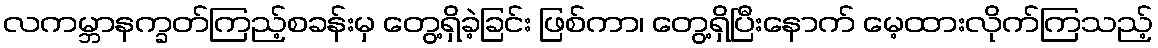
လကမ္ဘာနက္ခတ်ကြည့်စခန်းမှ တွေ့ရှိခဲ့ခြင်း ဖြစ်ကာ၊ တွေ့ရှိပြီးနောက် မေ့ထားလိုက်ကြသည့်